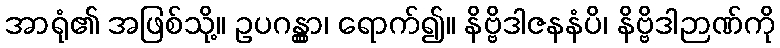
အာရုံ၏ အဖြစ်သို့။ ဥပဂန္တွာ၊ ရောက်၍။ နိဗ္ဗိဒါဇနနံပိ၊ နိဗ္ဗိဒါဉာဏ်ကို